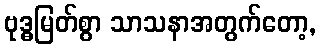
ဗုဒ္ဓမြတ်စွာ သာသနာအတွက်တော့,